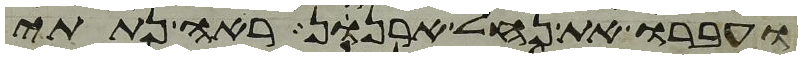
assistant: ועברו את נחל ארנן ראה נתתי